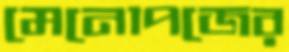
মেনোপজের